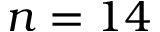
n = 1 4